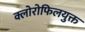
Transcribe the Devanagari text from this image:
क्लोरोफिलयुक्त